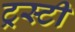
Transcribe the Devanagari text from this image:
ट्रस्‍टी